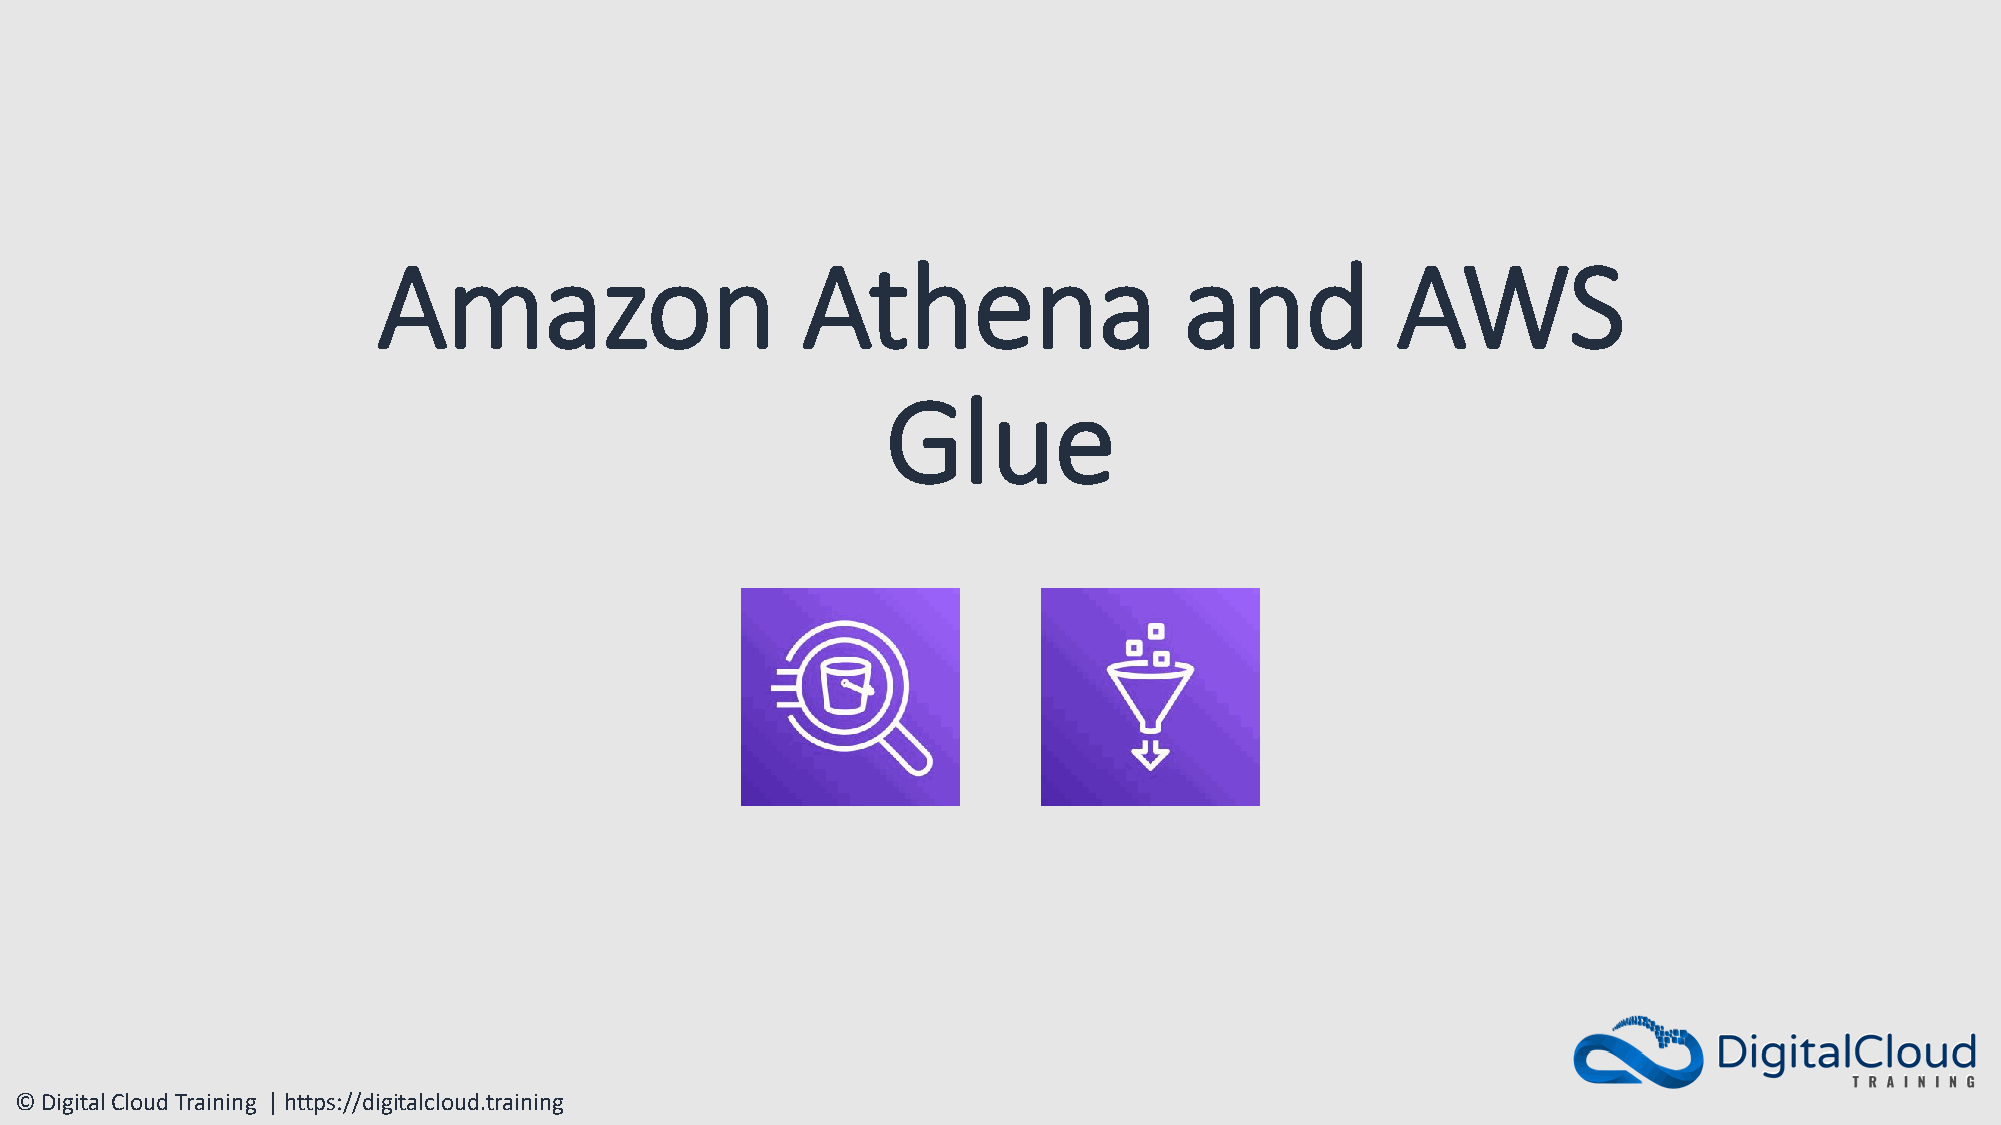
Amazon                      Athena                   and           AWS
 Glue
 © Digital Cloud Training | https://digitalcloud.training